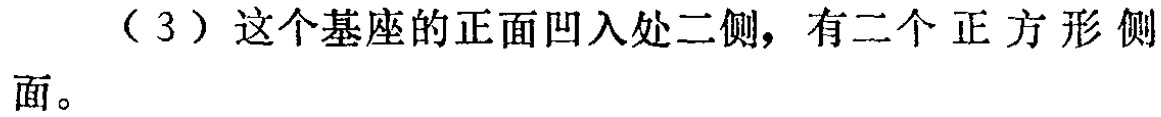
（3）这个基座的正面凹入处二侧，有二个正方形侧面。